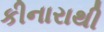
કીનારાથી